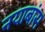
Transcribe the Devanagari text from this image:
नयाबांस